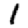
Digit: 1